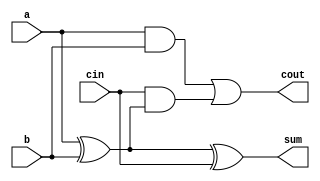
module full_adder(a,b,cin,sum,cout);
input [2:0]a;
input [2:0]b;
input [2:0]cin;
output [2:0]sum;
output [2:0]cout;

assign sum = a^b^cin;
assign cout = (a & b) | (cin & (a^b)); 

endmodule


module tb_full_adder;

     reg [2:0]a;
	 reg [2:0]b;
	 reg [2:0]cin;
     wire [2:0]sum;
	 wire [2:0]cout;
	 integer i,j;
	 
     full_adder Fa (.a(a) ,.b(b),.sum(sum),.cin(cin),.cout(cout));
	 
     initial begin
		 
         $monitor("a = %b ,b= %b , sum = %b , carry = %b ",a,b,sum,cout);
		 $dumpfile("fulladder.vcd");
		 $dumpvars;
a = 0; b = 0; cin = 0;#5
a = 0; b = 1; cin = 0;#5
a = 0; b = 2; cin = 0;#5
a = 0; b = 3; cin = 0;#5
a = 0; b = 4; cin = 0;#5
a = 0; b = 5; cin = 0;#5
a = 0; b = 6; cin = 0;#5
a = 0; b = 7; cin = 0;#5

a = 1; b = 0; cin = 0;#5
a = 1; b = 1; cin = 0;#5
a = 1; b = 2; cin = 0;#5
a = 1; b = 3; cin = 0;#5
a = 1; b = 4; cin = 0;#5
a = 1; b = 5; cin = 0;#5
a = 1; b = 6; cin = 0;#5
a = 1; b = 7; cin = 0;#5

a = 2; b = 0; cin = 0;#5
a = 2; b = 1; cin = 0;#5
a = 2; b = 2; cin = 0;#5
a = 2; b = 3; cin = 0;#5
a = 2; b = 4; cin = 0;#5
a = 2; b = 5; cin = 0;#5
a = 2; b = 6; cin = 0;#5
a = 2; b = 7; cin = 0;#5

a = 3; b = 0; cin = 0;#5
a = 3; b = 1; cin = 0;#5
a = 3; b = 2; cin = 0;#5
a = 3; b = 3; cin = 0;#5
a = 3; b = 4; cin = 0;#5
a = 3; b = 5; cin = 0;#5
a = 3; b = 6; cin = 0;#5
a = 3; b = 7; cin = 0;#5

a = 4; b = 0; cin = 0;#5
a = 4; b = 1; cin = 0;#5
a = 4; b = 2; cin = 0;#5
a = 4; b = 3; cin = 0;#5
a = 4; b = 4; cin = 0;#5
a = 4; b = 5; cin = 0;#5
a = 4; b = 6; cin = 0;#5
a = 4; b = 7; cin = 0;#5

a = 5; b = 0; cin = 0;#5
a = 5; b = 1; cin = 0;#5
a = 5; b = 2; cin = 0;#5
a = 5; b = 3; cin = 0;#5
a = 5; b = 4; cin = 0;#5
a = 5; b = 5; cin = 0;#5
a = 5; b = 6; cin = 0;#5
a = 5; b = 7; cin = 0;#5

a = 6; b = 0; cin = 0;#5
a = 6; b = 1; cin = 0;#5
a = 6; b = 2; cin = 0;#5
a = 6; b = 3; cin = 0;#5
a = 6; b = 4; cin = 0;#5
a = 6; b = 5; cin = 0;#5
a = 6; b = 6; cin = 0;#5
a = 6; b = 7; cin = 0;#5

a = 7; b = 0; cin = 0;#5
a = 7; b = 1; cin = 0;#5
a = 7; b = 2; cin = 0;#5
a = 7; b = 3; cin = 0;#5
a = 7; b = 4; cin = 0;#5
a = 7; b = 5; cin = 0;#5
a = 7; b = 6; cin = 0;#5
a = 7; b = 7; cin = 0;

end
 
endmodule